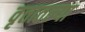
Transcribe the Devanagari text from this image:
वृत्तातल्या